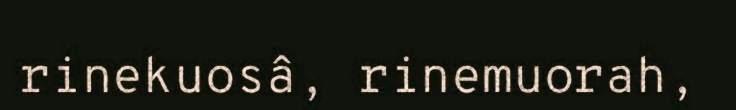
rinekuosâ, rinemuorah,